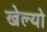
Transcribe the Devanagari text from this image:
खेल्यो